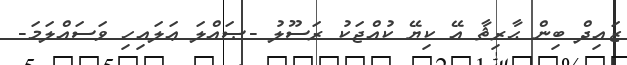
ޒައިދް ބިން ޙާރިޘާ އޭ ކިޔޭ ކުއްޖަކު ރަސޫލު -ޞައްލަ ޢަލައިހި ވަސައްލަމަ-